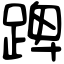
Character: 䠋